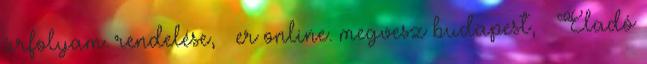
árfolyam. rendelése, – er online. megvesz budapest, – Eladó